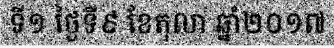
ទី១ ថ្ងៃទី៩ ខែតុលា ឆ្នាំ២០១៧